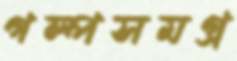
গল্পসমগ্র